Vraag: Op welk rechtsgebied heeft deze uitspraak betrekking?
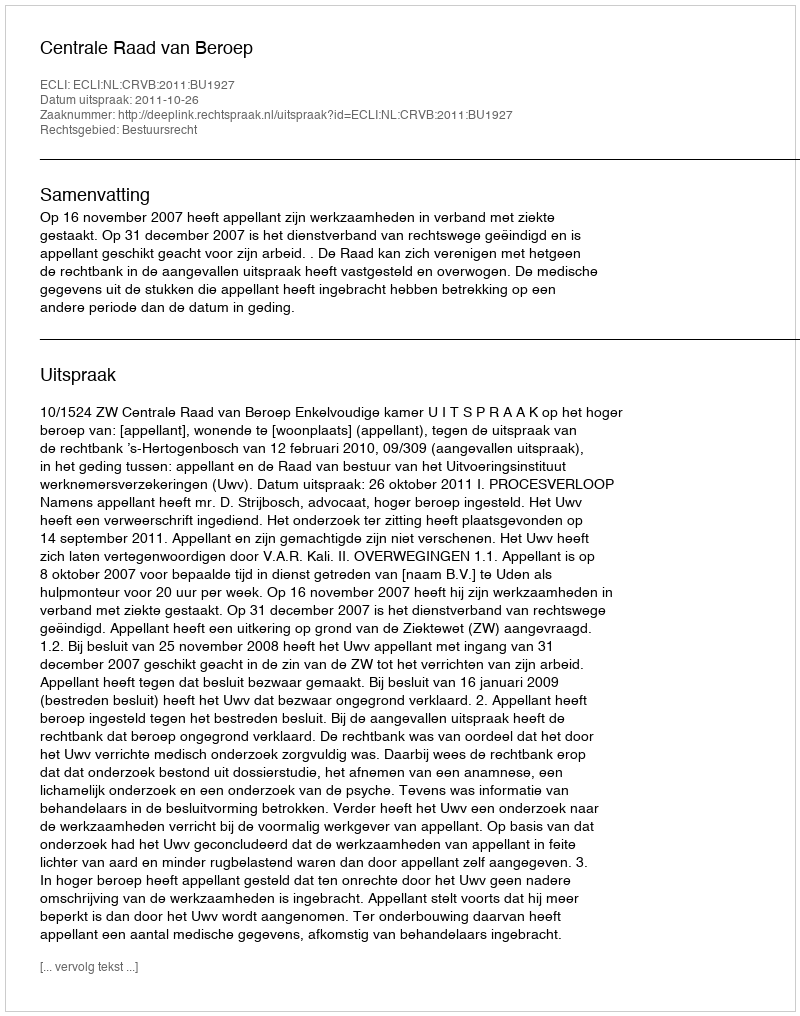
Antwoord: Bestuursrecht